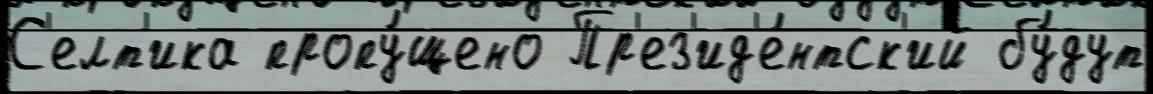
С'елт'ика пропу́щено Пр'ез'ид'е́нтск'ий бу́дут